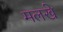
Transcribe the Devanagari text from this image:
मलखे